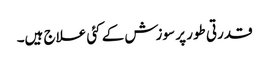
قدرتی طور پر سوزش کے کئی علاج ہیں۔